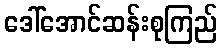
ဒေါ်အောင်ဆန်းစုကြည်